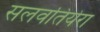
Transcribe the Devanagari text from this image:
सलवतियेरा